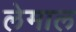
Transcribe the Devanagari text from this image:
लेमाल